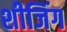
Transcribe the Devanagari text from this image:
शीजिंग